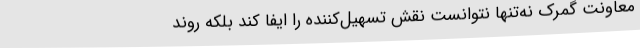
معاونت گمرک نه‌تنها نتوانست نقش تسهیل‌کننده را ایفا کند بلکه روند